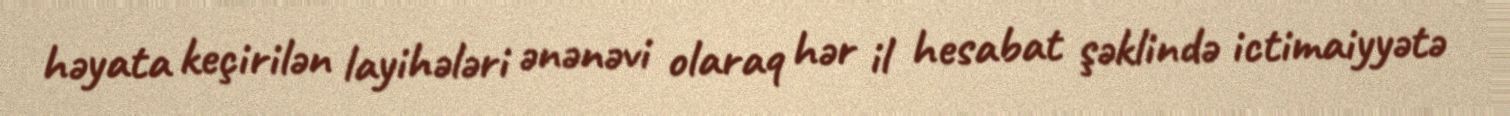
həyata keçirilən layihələri ənənəvi olaraq hər il hesabat şəklində ictimaiyyətə